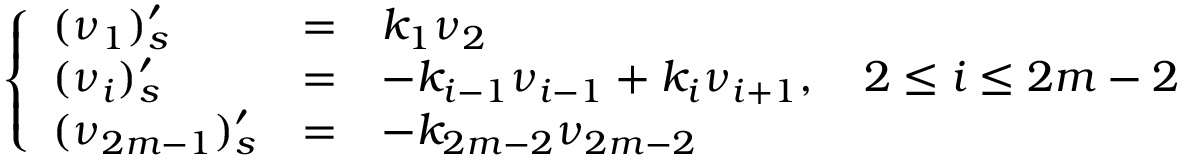
\left\{ \begin{array} { l l l } { ( \nu _ { 1 } ) _ { s } ^ { \prime } } & { = } & { k _ { 1 } \nu _ { 2 } } \\ { ( \nu _ { i } ) _ { s } ^ { \prime } } & { = } & { - k _ { i - 1 } \nu _ { i - 1 } + k _ { i } \nu _ { i + 1 } , \quad 2 \leq i \leq 2 m - 2 } \\ { ( \nu _ { 2 m - 1 } ) _ { s } ^ { \prime } } & { = } & { - k _ { 2 m - 2 } \nu _ { 2 m - 2 } } \end{array} \right.